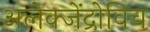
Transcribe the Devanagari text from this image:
अलेक्जेंद्रोविच